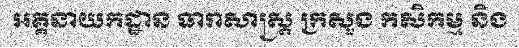
អគ្គនាយកដ្ឋាន ធារាសាស្ត្រ ក្រសួង កសិកម្ម និង